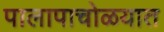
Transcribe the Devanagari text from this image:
पालापाचोळयात